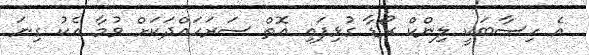
އެ ހިސާބަކީ ލިންކް ރޯޑާ ގުޅިފައި އޮތް ސަރަހައްދަކަށް ވުމާ އެކު ގިނަ